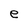
Character: e